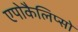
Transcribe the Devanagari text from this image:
एपोकैलिप्सो